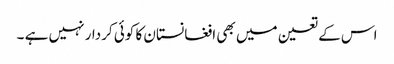
اس کے تعین میں بھی افغانستان کا کوئی کردار نہیں ہے ۔